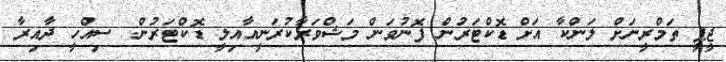
ޖީޕީ ތަމްރީނަށް ލަންކާ އަށް ޑޮކްޓަރުން ފޮނުވަން މަޝްވަރާކުރަނީއާއިލީ ޑޮކްޓަރުން: ސިއްހީ ދާއިރާ